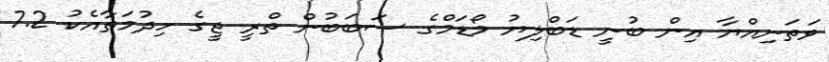
ވަތަނިއްޔާ އިން ބުނީ ޑަބްލިޔު މޯޑަމްގެ ސަބަބުން ތްރީ ޖީގެ ހިދުމަތާއެކު 7.2